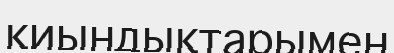
қиындықтарымен